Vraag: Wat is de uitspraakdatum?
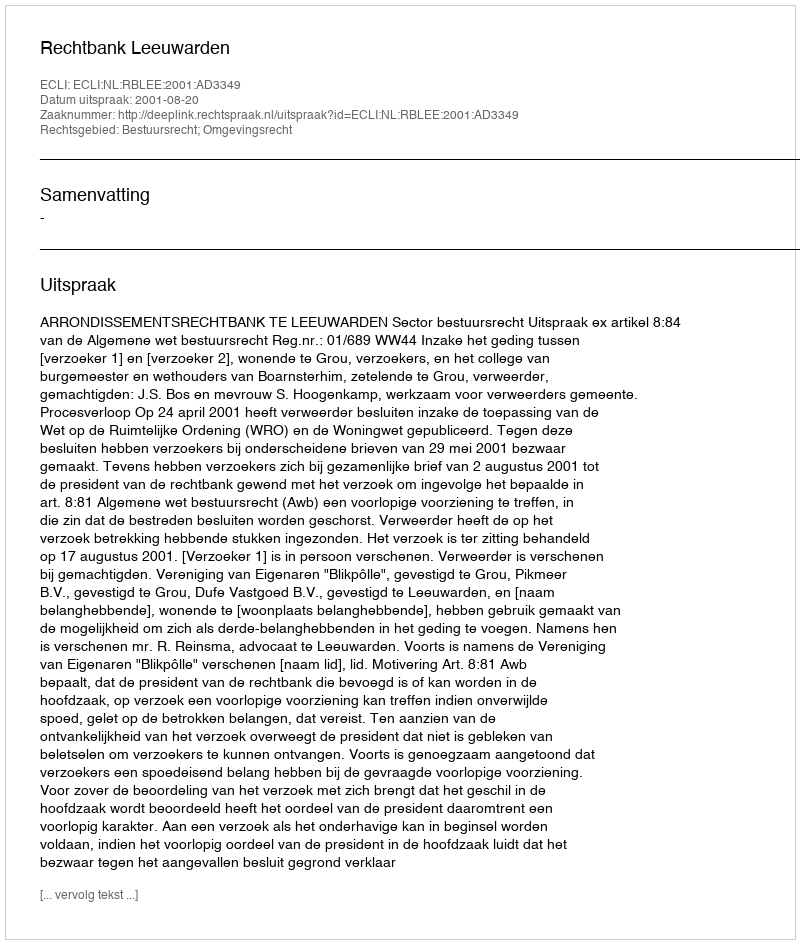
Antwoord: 2001-08-20